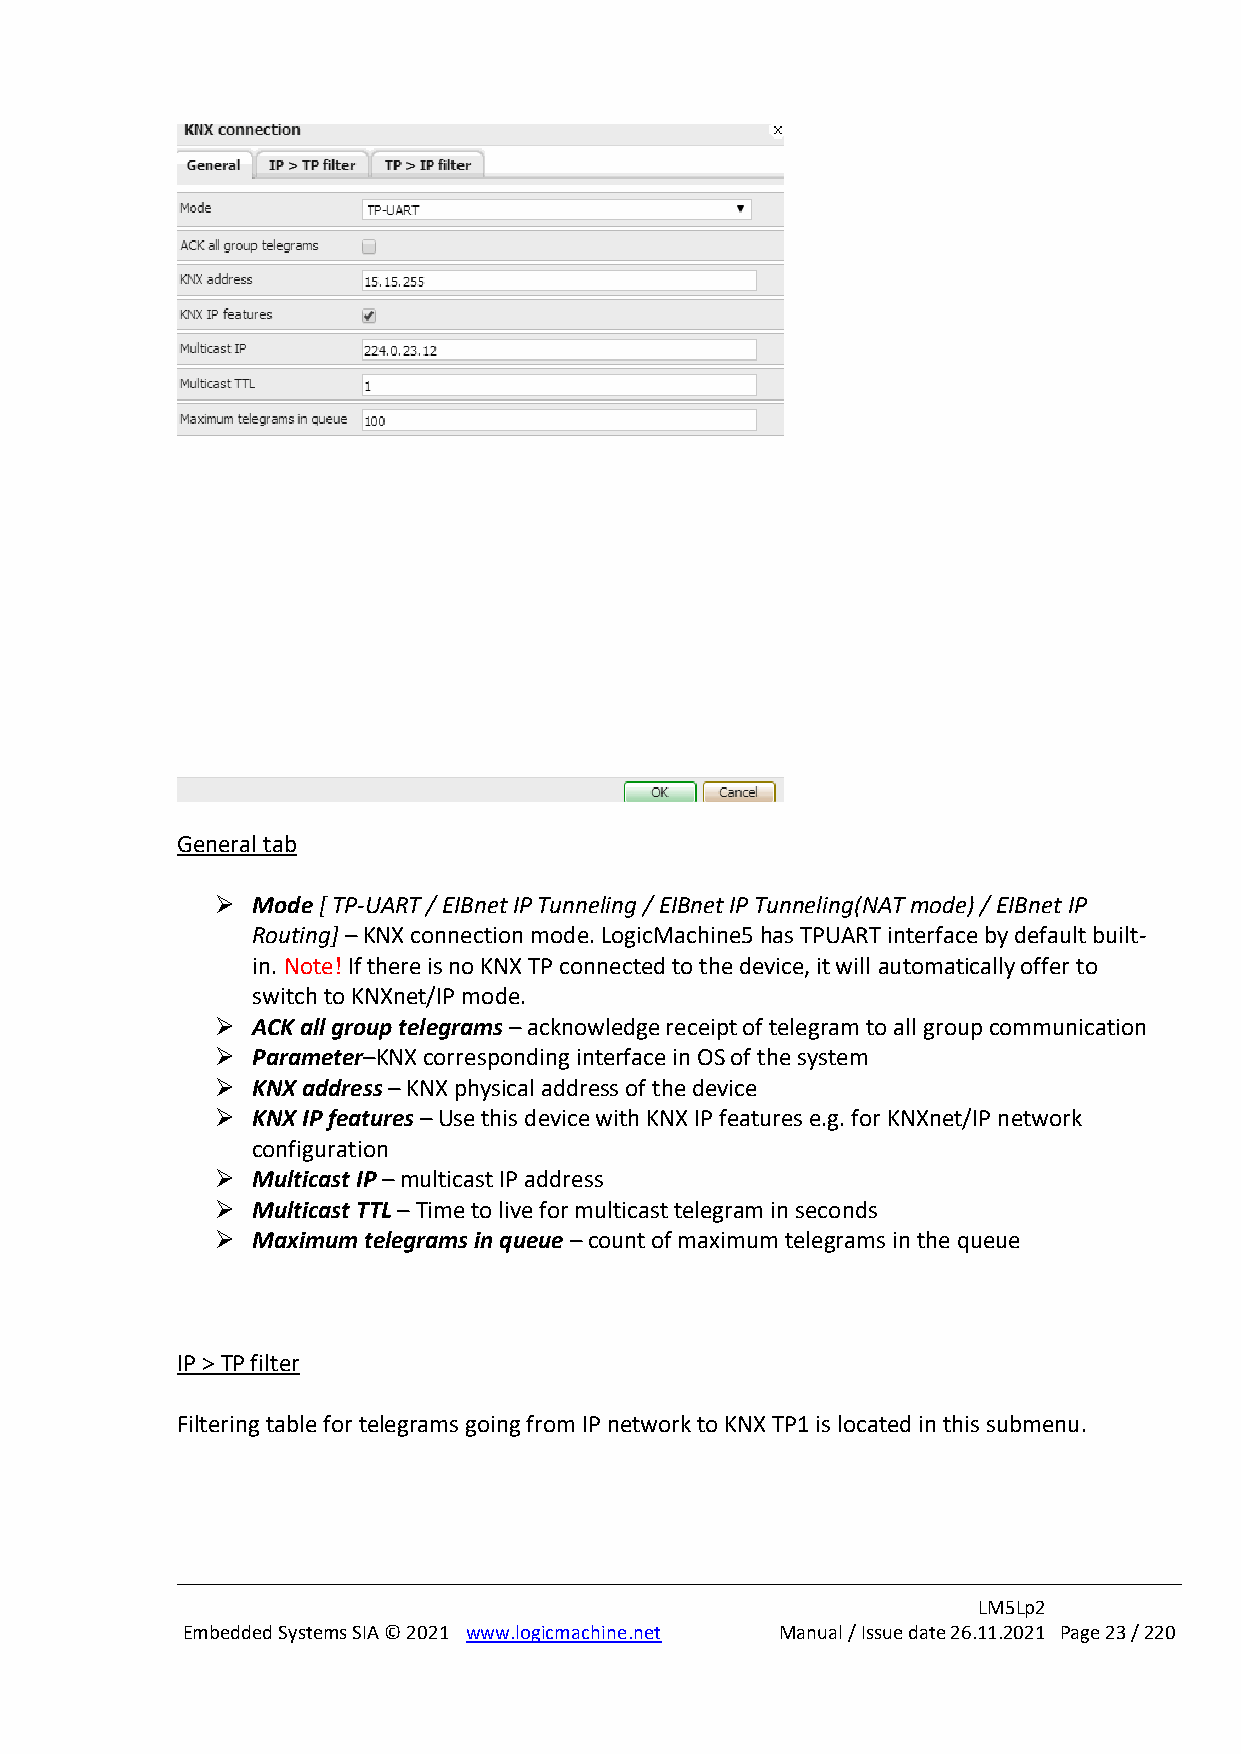
General tab
 ➢  Mode [ TP-UART / EIBnet IP Tunneling / EIBnet IP Tunneling(NAT mode) / EIBnet IP
 Routing] – KNX connection mode. LogicMachine5 has TPUART interface by default built-
 in. Note! If there is no KNX TP connected to the device, it will automatically offer to
 switch to KNXnet/IP mode.
 ➢  ACK all group telegrams – acknowledge receipt of telegram to all group communication
 ➢  Parameter–KNX corresponding interface in OS of the system
 ➢  KNX address – KNX physical address of the device
 ➢  KNX IP features – Use this device with KNX IP features e.g. for KNXnet/IP network
 configuration
 ➢  Multicast IP – multicast IP address
 ➢  Multicast TTL – Time to live for multicast telegram in seconds
 ➢  Maximum telegrams in queue – count of maximum telegrams in the queue
 IP > TP filter
 Filtering table for telegrams going from IP network to KNX TP1 is located in this submenu.
 LM5Lp2
 Embedded Systems SIA © 2021 www.logicmachine.net Manual / Issue date 26.11.2021 Page 23 / 220